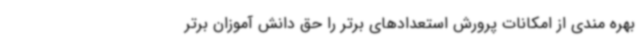
بهره مندی از امکانات پرورش استعدادهای برتر را حق دانش آموزان برتر